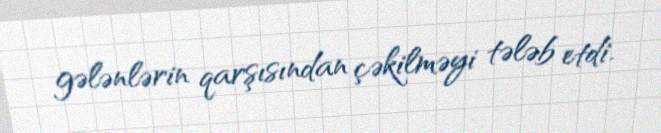
gələnlərin qarşısından çəkilməyi tələb etdi.